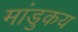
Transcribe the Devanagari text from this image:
मांडुकय